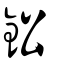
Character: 鈆